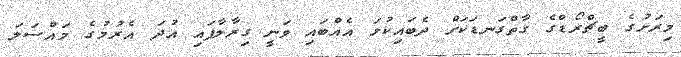
މިރަށުގެ ބީޗްރޯޑްގެ ގާތްގަނޑަކަށް ދެބައިކުޅަ އެއްބައި ވަނީ ގިރާލާފައި އުދަ އެރުމުގެ މައްސަލަ